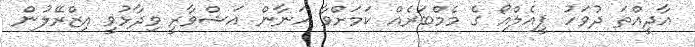
އާދީއްތަ ދުވަހު ޕީއެލްއޯ ގެ މެމްބަރެއް ކަމަށްވާ ހަނާން އަޝްވާރީ ވިދާޅުވީ އިޒްރޭލުން